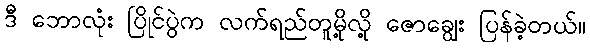
ဒီ ဘောလုံး ပြိုင်ပွဲက လက်ရည်တူမို့လို့ ဇောချွေး ပြန်ခဲ့တယ်။